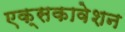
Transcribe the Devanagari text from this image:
एक्सकावेशन